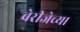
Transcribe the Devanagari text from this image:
बेरीजेच्या